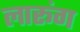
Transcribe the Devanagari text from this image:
लारूंग